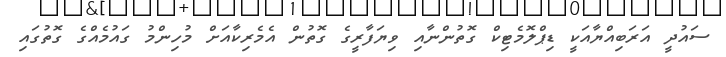
ސައުދީ އަރަބިއްޔާއަކީ ޑިޕްލޮމެޓިކް ގޮތުންނާއި ވިޔަފާރީގެ ގޮތުން އެމެރިކާއަށް މުހިންމު ގައުމެއްގެ ގޮތުގައި